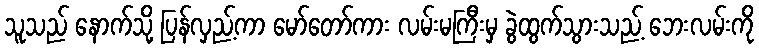
သူသည် နောက်သို့ ပြန်လှည့်ကာ မော်တော်ကား လမ်းမကြီးမှ ခွဲထွက်သွားသည့် ဘေးလမ်းကို